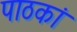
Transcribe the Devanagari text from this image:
पाठकां